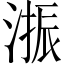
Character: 𱧳